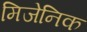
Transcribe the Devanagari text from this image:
मिजेनिक